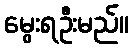
မွေးရဦးမည်။